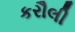
કરૌલી